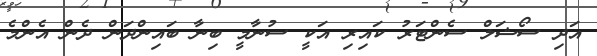
އަދި ސޯޝަލް ސެންޓަރު ކައިރި އަކީ ސުނާމީ ބިނާ ބައިންދަން ދެން އެންމެ